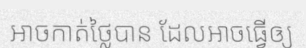
អាចកាត់ថ្លៃបាន ដែលអាចធ្វើឲ្យ